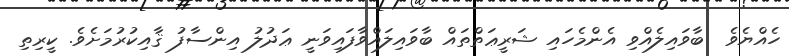
ހެއްޔެވެ  ބާވައިލެއްވި އެންމެހައި ޝަރީޢަތްތައް ބާވައިލައްވާފައިވަނީ ޢަދުލު އިންސާފު ޤާއިކުރުމަށެވެ. ކީރިތި